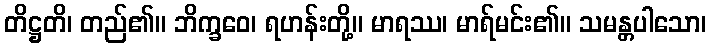
တိဋ္ဌတိ၊ တည်၏။ ဘိက္ခဝေ၊ ရဟန်းတို့။ မာရဿ၊ မာရ်မင်း၏။ သမန္တပါသော၊